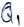
Text: Q1